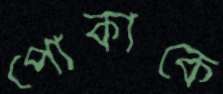
পোকাকে